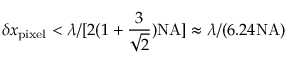
\delta x _ { \mathrm { p i x e l } } < \lambda / [ 2 ( 1 + \frac { 3 } { \sqrt { 2 } } ) \mathrm { N A } ] \approx \lambda / ( 6 . 2 4 \mathrm { N A } )